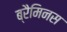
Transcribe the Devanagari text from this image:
ब्रैमिनस